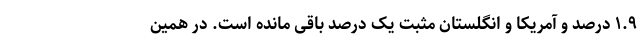
۱.۹ درصد و آمریکا و انگلستان مثبت یک درصد باقی مانده است. در همین